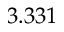
3 . 3 3 1